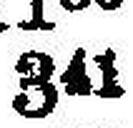
341